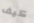
كيف